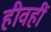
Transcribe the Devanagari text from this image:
हीवहीं